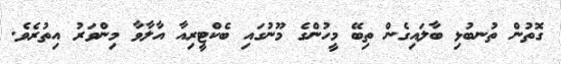
ގޮތުން ތުނބުޅި ބާލައިގެން ތިބޭ މީހުންގެ މޫނުގައި ބެކްޓީރިއާ އާލާވާ މިންވަރު އިތުރެވެ.